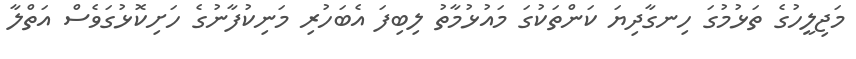
މަޖިލީހުގެ ތަޅުމުގަ ހިނގާދިޔަ ކަންތަކުގަ މައުޅުމާތު ލިބިފަ އެބަހުރި މަނިކުފާނުގެ ހަށިކޮޅުގަވެސް އަތްލާ